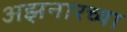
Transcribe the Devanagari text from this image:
अझनारच्या